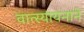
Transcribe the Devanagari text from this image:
वात्स्यायनाने